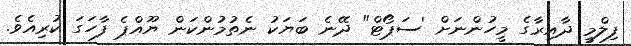
ފިލްމީ ދާއިރާގެ މީހުންނަށް 'ސަޕޯޓް" ދޭނެ ބަޔަކު ނެތުމުންކަން ޔޫއްޕެ ފާހަގަ ކުރިއެވެ.